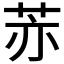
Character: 𦮰